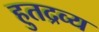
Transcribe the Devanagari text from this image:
हुतद्रव्य